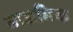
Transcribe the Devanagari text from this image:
माद्यमिक